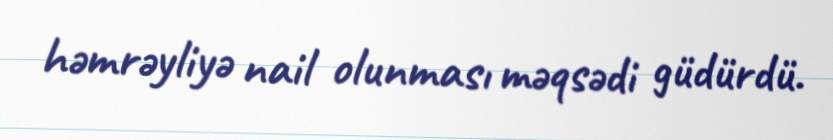
həmrəyliyə nail olunması məqsədi güdürdü.